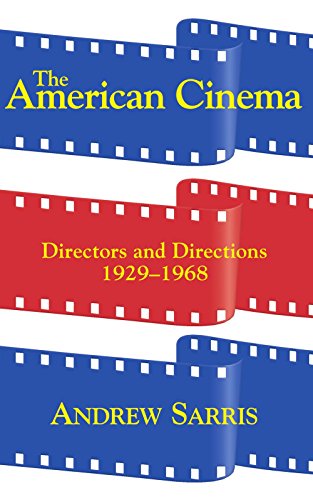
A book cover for The American Cinema: Directors And Directions 1929-1968; Andrew Sarris; Biographies & Memoirs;